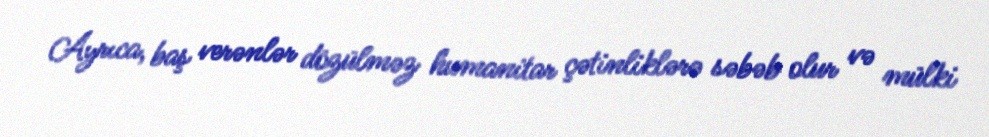
Ayrıca, baş verənlər dözülməz humanitar çətinliklərə səbəb olur və mülki